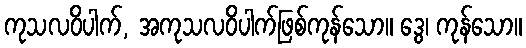
ကုသလဝိပါက်, အကုသလဝိပါက်ဖြစ်ကုန်သော။ ဒွေ၊ ကုန်သော။